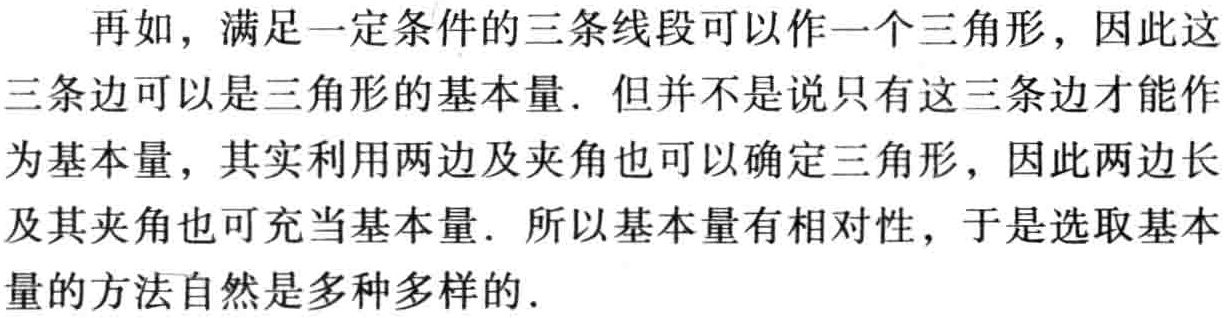
再如，满足一定条件的三条线段可以作一个三角形，因此这三条边可以是三角形的基本量. 但并不是说只有这三条边才能作为基本量，其实利用两边及夹角也可以确定三角形，因此两边长及其夹角也可充当基本量. 所以基本量有相对性，于是选取基本量的方法自然是多种多样的.